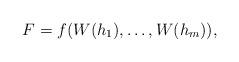
LaTeX: \begin{align*}F=f(W(h_1),\dots,W(h_m)),\end{align*}